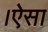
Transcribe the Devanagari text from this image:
।ऐसा